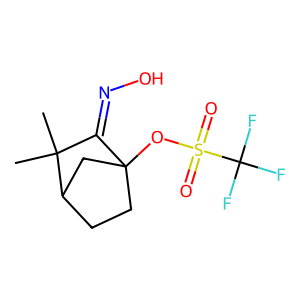
SMILES: CC1(C)C(=NO)C2(OS(=O)(=O)C(F)(F)F)CCC1C2
Inhibits HIV replication: No